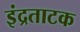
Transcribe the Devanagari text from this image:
इंद्रताटक